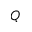
Q